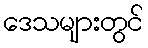
ဒေသများတွင်